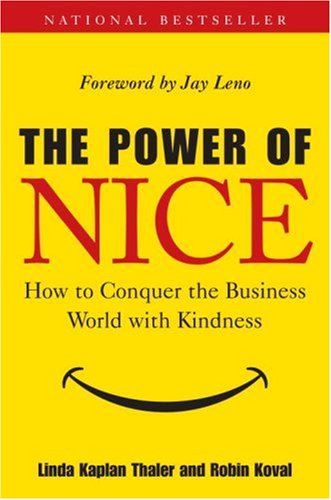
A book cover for The Power of Nice: How to Conquer the Business World With Kindness; Linda Kaplan Thaler; Health, Fitness & Dieting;